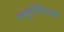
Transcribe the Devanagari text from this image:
प्लुटोनिअम